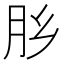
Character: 𰮅